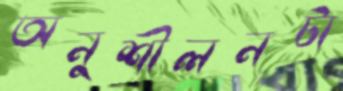
অনুশীলনটা